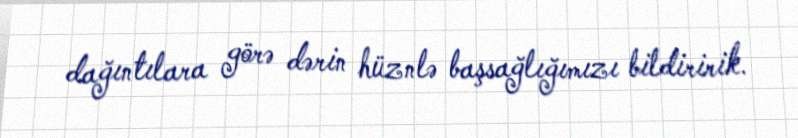
dağıntılara görə dərin hüznlə başsağlığımızı bildiririk.